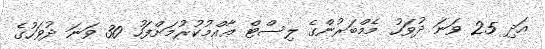
އަދި 25 ވަނަ ދުވަހު މެމްބަރުންގެ ލިސްޓް ޢާއްމުކުރުމަށްފަހު 30 ވަނަ ދުވަހުގެ